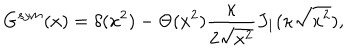
LaTeX: G ^ { s y m } ( x ) = \delta ( x ^ { 2 } ) - \Theta ( x ^ { 2 } ) \frac { \kappa } { 2 \sqrt { x ^ { 2 } } } J _ { 1 } ( \kappa \sqrt { x ^ { 2 } } ) ,